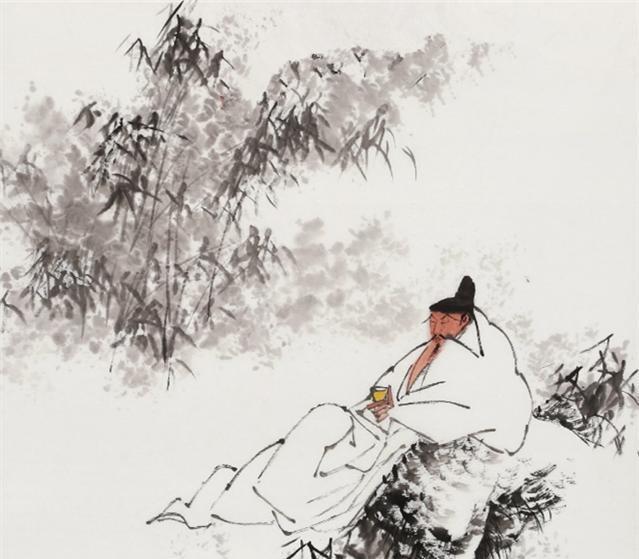
强本而节用，则天不能贫。